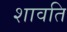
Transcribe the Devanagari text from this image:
शावति